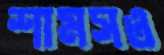
শামসও